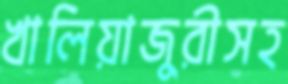
খালিয়াজুরীসহ